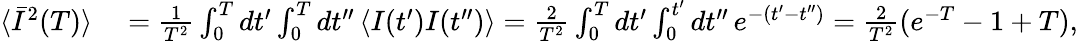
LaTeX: \begin{array}{rl}{\langle\bar{I}^{2}(T)\rangle}&{{}=\frac{1}{T^{2}}\int_{0}^{T}dt^{\prime}\int_{0}^{T}dt^{\prime\prime}\, \langle I(t^{\prime})I(t^{\prime\prime})\rangle=\frac{2}{T^{2}}\int_{0}^{T}dt^{\prime}\int_{0}^{t^{\prime}}dt^{\prime\prime}\, e^{-(t^{\prime}-t^{\prime\prime})}=\frac{2}{T^{2}}(e^{-T}-1+T),}\end{array}